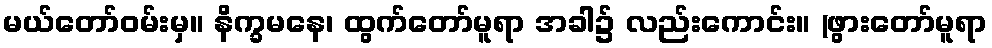
မယ်တော်ဝမ်းမှ။ နိက္ခမနေ၊ ထွက်တော်မူရာ အခါ၌ လည်းကောင်း။ (ဖွားတော်မူရာ